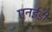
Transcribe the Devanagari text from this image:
एनईडी